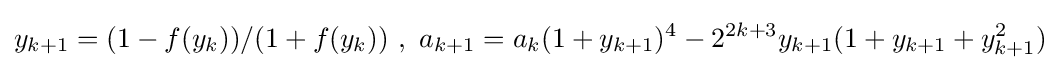
y_{k+1}=(1-f(y_{k}))/(1+f(y_{k}))~,~a_{k+1}=a_{k}(1+y_{k+1})^{4}-2^{2k+3}y_{k+1}(1+y_{k+1}+y_{k+1}^{2})